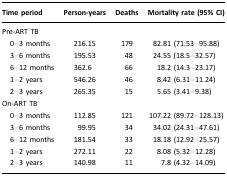
<table><thead><tr><td><b>Time period</b></td><td><b>Person-years</b></td><td><b>Deaths</b></td><td><b>Mortality rate (95% CI)</b></td></tr></thead><tbody><tr><td colspan="4">Pre-ART TB</td></tr><tr><td> 0–3 months</td><td>216.15</td><td>179</td><td>82.81 (71.53–95.88)</td></tr><tr><td> 3–6 months</td><td>195.53</td><td>48</td><td>24.55 (18.5–32.57)</td></tr><tr><td> 6–12 months</td><td>362.6</td><td>66</td><td>18.2 (14.3–23.17)</td></tr><tr><td> 1–2 years</td><td>546.26</td><td>46</td><td>8.42 (6.31–11.24)</td></tr><tr><td> 2–3 years</td><td>265.35</td><td>15</td><td>5.65 (3.41–9.38)</td></tr><tr><td colspan="4">On-ART TB</td></tr><tr><td> 0–3 months</td><td>112.85</td><td>121</td><td>107.22 (89.72–128.13)</td></tr><tr><td> 3–6 months</td><td>99.95</td><td>34</td><td>34.02 (24.31–47.61)</td></tr><tr><td> 6–12 months</td><td>181.54</td><td>33</td><td>18.18 (12.92–25.57)</td></tr><tr><td> 1–2 years</td><td>272.11</td><td>22</td><td>8.08 (5.32–12.28)</td></tr><tr><td> 2–3 years</td><td>140.98</td><td>11</td><td>7.8 (4.32–14.09)</td></tr></tbody></table>